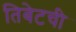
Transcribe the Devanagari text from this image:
तिबेटची